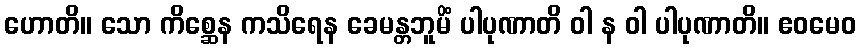
ဟောတိ။ သော ကိစ္ဆေန ကသိရေန ခေမန္တဘူမိံ ပါပုဏာတိ ဝါ န ဝါ ပါပုဏာတိ။ ဧဝမေဝ